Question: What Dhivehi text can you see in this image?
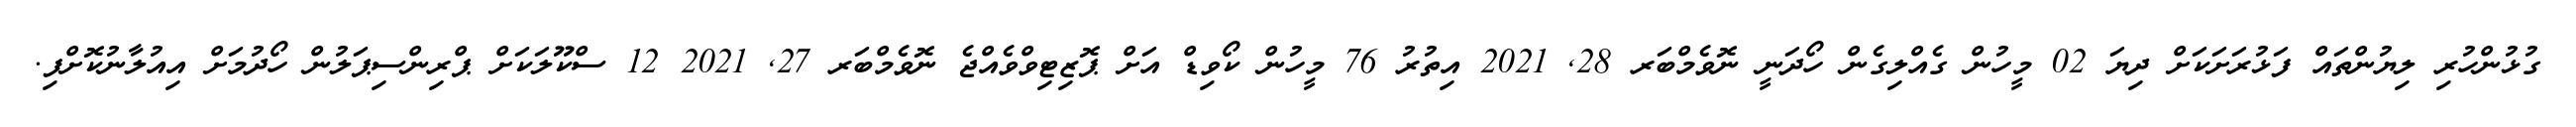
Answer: ގުޅުންހުރި ލިޔުންތައް ފަޅުރަށަކަށް ދިޔަ 02 މީހުން ގެއްލިގެން ހޯދަނީ ނޮވެމްބަރ 28, 2021 އިތުރު 76 މީހުން ކޯވިޑް އަށް ޕޮޒިޓިވްވެއްޖެ ނޮވެމްބަރ 27, 2021 12 ސްކޫލަކަށް ޕްރިންސިޕަލުން ހޯދުމަށް އިއުލާނުކޮށްފި.